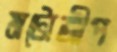
মটোজীপ